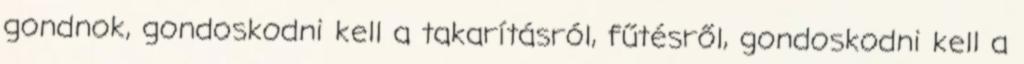
gondnok, gondoskodni kell a takarításról, fűtésről, gondoskodni kell a